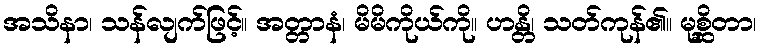
အသိနာ၊ သန်လျက်ဖြင့်။ အတ္တာနံ၊ မိမိကိုယ်ကို။ ဟန္တိ၊ သတ်ကုန်၏။ မုစ္ဆိတာ၊